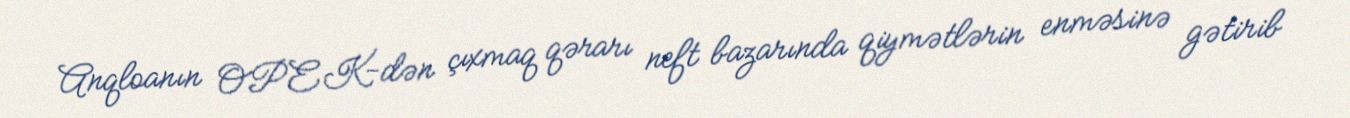
Anqloanın OPEK-dən çıxmaq qərarı neft bazarında qiymətlərin enməsinə gətirib